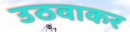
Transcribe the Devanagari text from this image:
उठवाकर